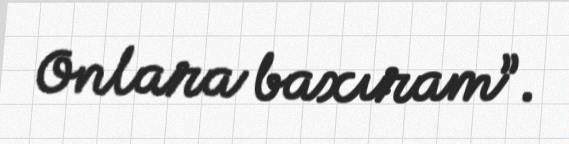
Onlara baxıram”.